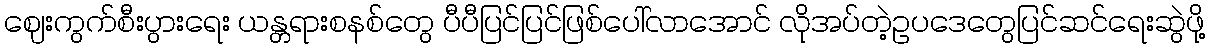
ဈေးကွက်စီးပွားရေး ယန္တရားစနစ်တွေ ပီပီပြင်ပြင်ဖြစ်ပေါ်လာအောင် လိုအပ်တဲ့ဥပဒေတွေပြင်ဆင်ရေးဆွဲဖို့